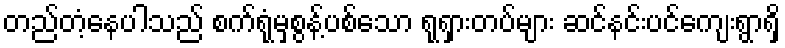
တည်တံ့နေပါသည် စက်ရုံမှစွန့်ပစ်သော ရုရှားတပ်များ ဆင်နင်းပင်ကျေးရွာရှိ